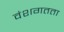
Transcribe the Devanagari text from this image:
वंशगतता